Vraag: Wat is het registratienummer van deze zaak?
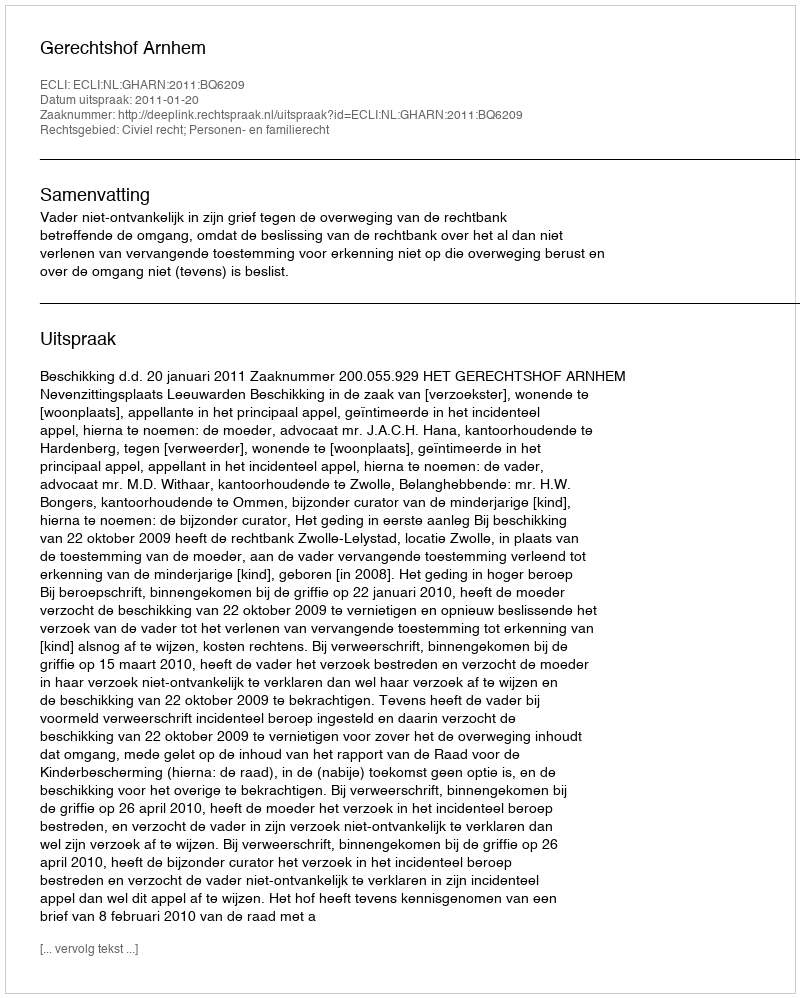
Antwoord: http://deeplink.rechtspraak.nl/uitspraak?id=ECLI:NL:GHARN:2011:BQ6209